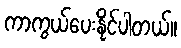
ကာကွယ်ပေးနိုင်ပါတယ်။